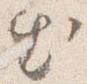
出